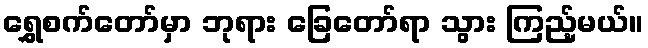
ရွှေစက်တော်မှာ ဘုရား ခြေတော်ရာ သွား ကြည့်မယ်။